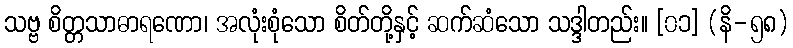
သဗ္ဗ စိတ္တသာဓာရဏော၊ အလုံးစုံသော စိတ်တို့နှင့် ဆက်ဆံသော သဒ္ဒါတည်း။ [၀၁] (နိ-၅၈)